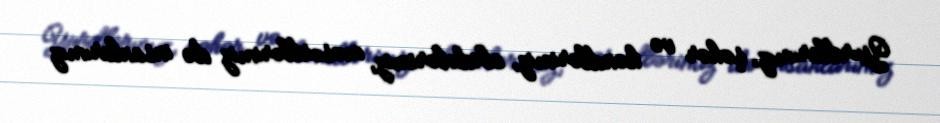
Yurdlarımız, şəhər və kəndlərimiz, abidələrimiz, məscidlərimiz də insanlarımız